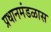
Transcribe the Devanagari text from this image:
प्रधानमंडळास